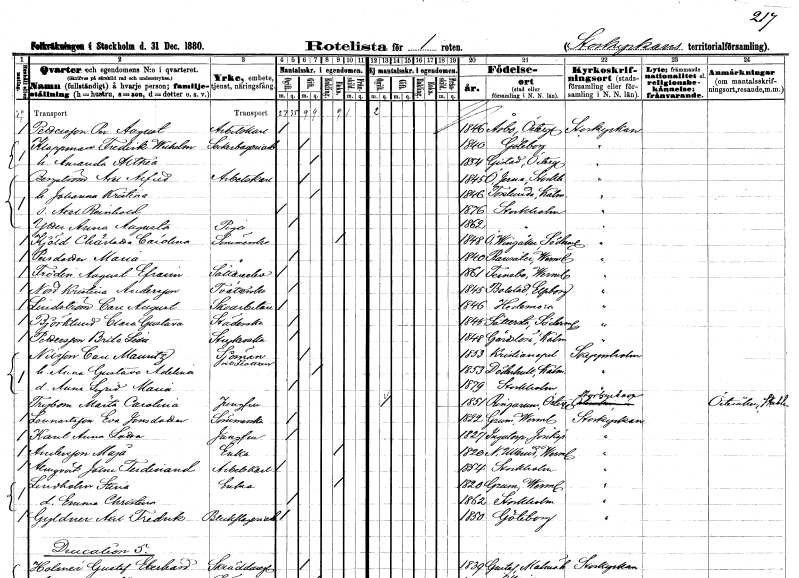
gt_parse: households: individuals: FN: Per August
EN: Pettersson
YRKE: Arbetskarl
KON: M
CIV: O
FODAR: 1846
FODFORS: Åsbo Östergötlands län
FN: Fredrik Wilhelm
EN: Klappman
YRKE: Sockerbageriarbetare
KON: M
CIV: G
FODAR: 1840
FODFORS: Göteborg Göteborgs- och Bohuslän
FN: Amanda Althea
KON: K
CIV: G
FODAR: 1854
FODFORS: Gistad Östergötlands län
FN: Axel Alfred
EN: Bergström
YRKE: Arbetskarl
KON: M
CIV: G
FODAR: 1845
FODFORS: Överjärna Stockholms län
FN: Johanna Kristina
KON: K
CIV: G
FODAR: 1846
FODFORS: Torslunda Kalmar län
FN: Axel Reinhold
KON: M
CIV: O
FODAR: 1876
FODFORS: Stockholm
FN: Anna Augusta
EN: Ytter
YRKE: Piga
KON: K
CIV: O
FODAR: 1862
FODFORS: Stockholm
FN: Charlotta Carolina
EN: Kjöld
YRKE: Sömmerska
KON: K
CIV: E
FODAR: 1848
FODFORS: Östra Vingåker Södermanlands län
FN: Maria
EN: Persdotter
YRKE: Sömmerska
KON: K
CIV: O
FODAR: 1840
FODFORS: Ransäter Värmlands län
FN: August Efraim
EN: Fröden
YRKE: Sätterielev
KON: M
CIV: O
FODAR: 1861
FODFORS: Färnebo Värmlands län
FN: Kristina
EN: Nord Andersson
YRKE: Tvätterska
KON: K
CIV: O
FODAR: 1845
FODFORS: Bolstad Älvsborgs län
FN: Carl August
EN: Lindström
YRKE: Skoarbetare
KON: M
CIV: O
FODAR: 1846
FODFORS: Hedemora Kopparbergs län
FN: Clara Gustava
EN: Björklund
YRKE: Städerska
KON: K
CIV: O
FODAR: 1845
FODFORS: Sättersta Södermanlands län
FN: Brita Lisa
EN: Pettersson
YRKE: Strykerska
KON: K
CIV: O
FODAR: 1848
FODFORS: Gärdslösa Kalmar län
FN: Carl Mauritz
EN: Nilsson
YRKE: Sjöman
KON: M
CIV: G
FODAR: 1853
FODFORS: Kristianopel Blekinge län
FN: Anna Gustava Adelina
KON: K
CIV: G
FODAR: 1853
FODFORS: Döderhult Kalmar län
FN: Anna Sigrid Maria
KON: K
CIV: O
FODAR: 1879
FODFORS: Stockholm
FN: Märta Carolina
EN: Trybom
YRKE: Jungfru
KON: K
CIV: O
FODAR: 1851
FODFORS: Ringarum Östergötlands län
FN: Eva
EN: Lennartsson Jonsdotter
YRKE: Sömmerska
KON: K
CIV: O
FODAR: 1822
FODFORS: Grums Värmlands län
FN: Anna Lotta
EN: Kant
YRKE: Jungfru
KON: K
CIV: O
FODAR: 1827
FODFORS: Ingatorp Jönköpings län
FN: Maja
EN: Andersson
YRKE: Änka
KON: K
CIV: E
FODAR: 1820
FODFORS: Nedre Ullerud Värmlands län
FN: Josne Ferdindnand
EN: Almqvist
YRKE: Arbetskarl
KON: M
CIV: O
FODAR: 1854
FODFORS: Stockholm
FN: Stina
EN: Lundholm
YRKE: Änka
KON: K
CIV: E
FODAR: 1820
FODFORS: Grums Värmlands län
FN: Emma Christina
KON: K
CIV: O
FODAR: 1862
FODFORS: Stockholm
FN: Axel Fredrik
EN: Gyldner
YRKE: Bleckslageriarbetare
KON: M
CIV: O
FODAR: 1850
FODFORS: Göteborg Göteborgs- och Bohuslän